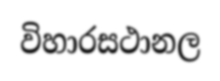
විහාරසථානල